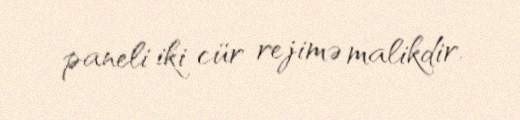
paneli iki cür rejimə malikdir.